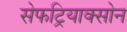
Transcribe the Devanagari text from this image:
सेफट्रियाक्सोन